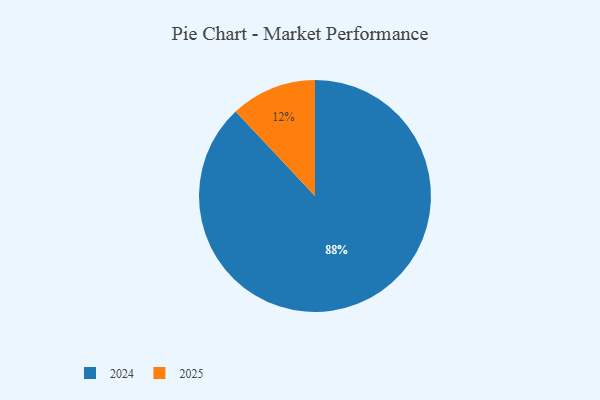
{"axis": {"x": "Category", "y": "Percentage"}, "legend": ["2024", "2025"], "data": [{"x": "2024", "y": 88, "type": "2024"}, {"x": "2025", "y": 12, "type": "2025"}]}